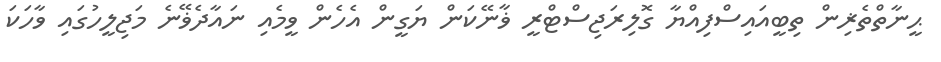
ޙީނާތްތެޜިން ތިބީއައިސްފިއްޔާ ގޮލިރަޖިސްޓްރީ ޥާނޭކަން ޔަގީން އެހެން ވީމެއި ނައާދެޥޭނެ މަޖިލީހުގައި ވާހަކަ